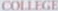
COLLEGE